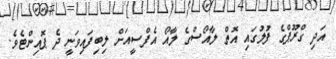
އަދި ގްރޫޕްގެ ފުލުގައި އޮތް ލާއޯސްގެ ލާއޯ އެފްސީއަށް ލިބިފައިވަނީ ދެ ޕޮއިންޓެވެ.